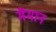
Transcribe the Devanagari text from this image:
मैमान